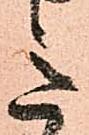
意